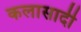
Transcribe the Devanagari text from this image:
कलासादी